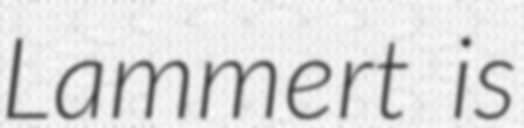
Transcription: Lammert is